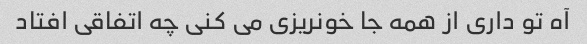
آه تو داری از همه جا خونریزی می کنی چه اتفاقی افتاد